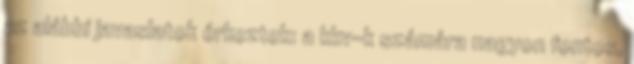
az alábbi javaslatok érkeztek: a kkv-k számára nagyon fontos,